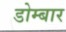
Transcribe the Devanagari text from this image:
डोम्बार